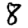
Digit: 8